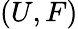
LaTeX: (U,F)